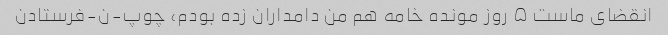
انقضای ماست ۵ روز مونده خامه هم من دامداران زده بودم، چوپ-ن-فرستادن